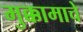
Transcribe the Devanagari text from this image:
मुक्कामाचे